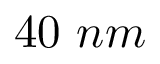
4 0 ~ n m